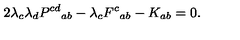
2 \lambda _ { c } \lambda _ { d } P ^ { c d } { } _ { a b } - \lambda _ { c } F ^ { c } { } _ { a b } - K _ { a b } = 0 .